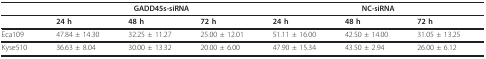
|  | <COLSPAN=3> GADD45s-siRNA | <COLSPAN=3> NC-siRNA |
 | --- | --- | --- | --- | --- | --- | --- |
 |  | 24 h | 48 h | 72 h | 24 h | 48 h | 72 h |
 | Eca109 | 47.84 ± 14.30 | 32.25 ± 11.27 | 25.00 ± 12.01 | 51.11 ± 16.00 | 42.50 ± 14.00 | 31.05 ± 13.25 |
 | Kyse510 | 36.63 ± 8.04 | 30.00 ± 13.32 | 20.00 ± 6.00 | 47.90 ± 15.34 | 43.50 ± 2.94 | 26.00 ± 6.12 |